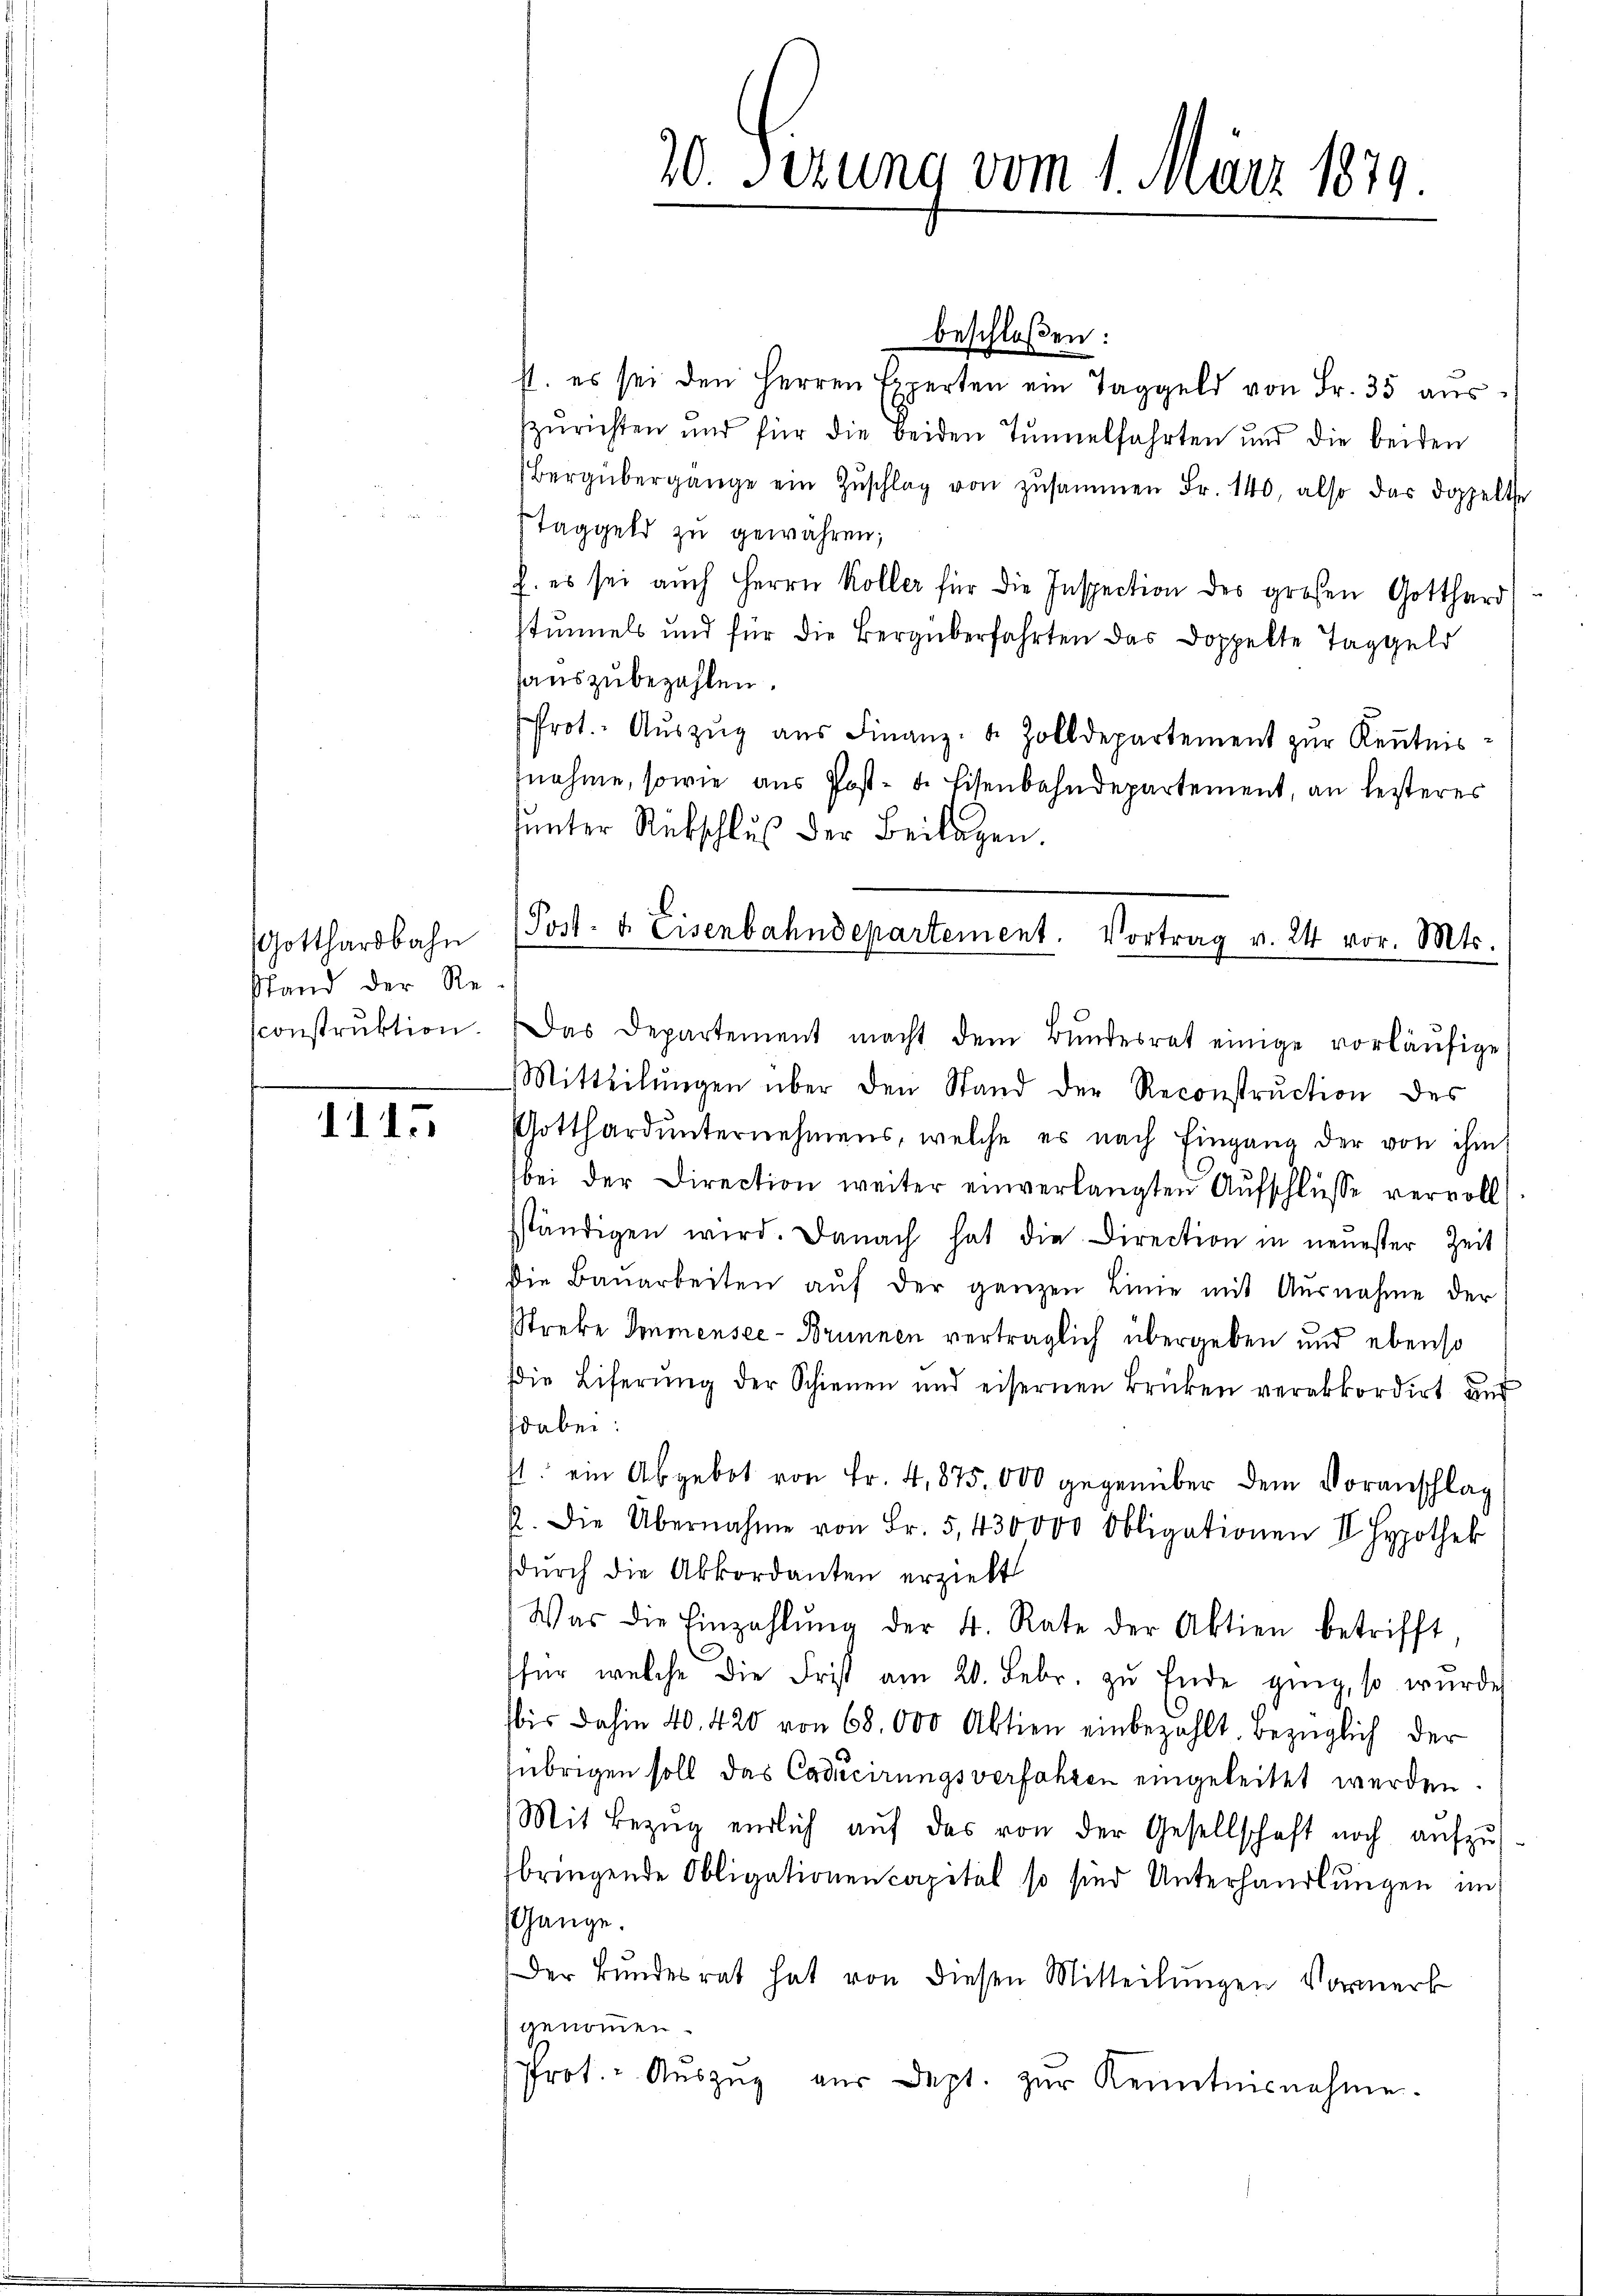
Gotthardbahn
Stand der Re
construktion.

1115

st. es sei den Herren Experten ein Taggeld von Fr. 35 aŭs
zurichten und für die beiden Tunnelfahrten und die beiden
Bergübergange ein Zŭschlag von zusammen Fr. 140, also das doppelte
Taggeld zu gewähren;
h. es sei aŭch Herrn Koller für die Inspection des großen Gotthard
stummels und für die Bergüberfahrten das Doppelte Taggeld
auszubezahlen.
rot. Auszug aus Finanz- u. Zolldepartement zur Kenntnisnahme, sowie aŭs Post- u. Eisenbahndepartement, an leiteres
sunter Rückschluß der Beilagen.
Das Departement macht dem Bŭndesrat einige vorläŭfige
Mitteilŭngen über den Stand der Reconstruction des
Gotthard ŭnternehmens, welche es nach Eingang der von ihm
bei der Direction weiter einverlangten Aŭfschlüsse vervoll
ständigen wird. Danach hat die Direction in neuester Zeit
die Bauarbeiten aŭf der ganzen Linie mit Ausnahme der
Streke Donmensee - Brunnen verträglich übergeben und ebenso
Die Liferung der Schienen und eisernen Brücken verabkordirt und
sdabei:
4. ein Abgebot von Fr. 4, 875,000 gegenüber dem Voranschlag
2. Die Übernahme von Fr. 5,430000 Obligationen II. Hypothek
durch die Akkordanten erzieht
Was die Einzahlŭng der 4. Rate der Aktien betrifft
für welche die Frist am 20. Febr. zu Ende ging, so wurde
bis dahin 40. 420 von 68,000 Aktien einbezahlt bezüglich der
übrigen soll das Caducirungsverfahren eingeleitet werden.
Mit Bezug endlich auf das von der Gesellschaft noch aufzubringende Obligationencapital so sind Unterhandlungen im
Gange.
Der Bundesrat hat von diesen Mitteilŭngen Vormerk
genommen.
Prot. Aŭszŭg aŭs dept. zŭr Kenntnisnahme.

20. Sizung vom 1. März 1879

beschloßen:

Post- u. Eisenbahndepartement. Vortrag v. 24 vor. Mts.